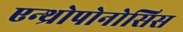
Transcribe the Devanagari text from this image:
एन्थ्रोपोनोसिस